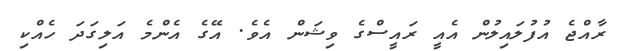
ރާއްޖެ އުފުލައިލުން އެއީ ރައީސްގެ ވިޝަން އެވެ. އޭގެ އެންމެ އަލިގަދަ ހެއްކި